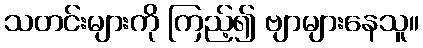
သတင်းများကို ကြည့်၍ ဗျာများနေသူ။